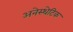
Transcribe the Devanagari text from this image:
अनेस्थेटिक